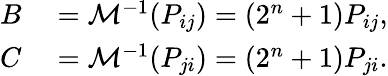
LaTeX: \begin{array}{rl}{B}&{{}=\mathcal{M}^{-1}(P_{ij})=\left(2^{n}+1\right)P_{ij},}\\ {C}&{{}=\mathcal{M}^{-1}(P_{ji})=\left(2^{n}+1\right)P_{ji}.}\end{array}